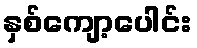
နှစ်ကျော့ပေါင်း